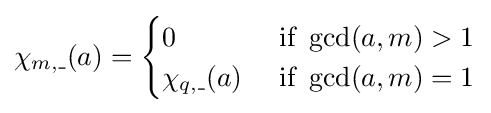
\chi _{m,\_}(a)={\begin{cases}0&{\text{ if  }}\gcd(a,m)>1\\\chi _{q,\_}(a)&{\text{ if  }}\gcd(a,m)=1\end{cases}}